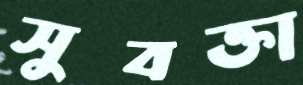
সুবক্তা